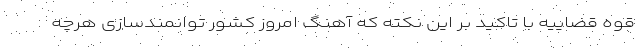
قوه قضاییه با تاکید بر این نکته که آهنگ امروز کشور توانمندسازی هرچه